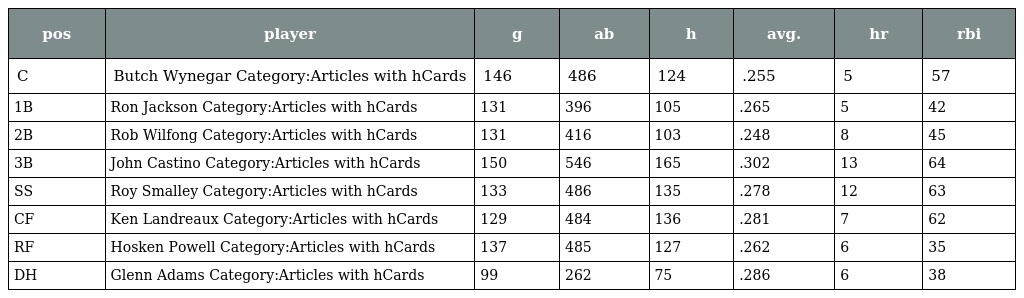
| pos | player | g | ab | h | avg. | hr | rbi |
 | --- | --- | --- | --- | --- | --- | --- | --- |
 | C | Butch Wynegar Category:Articles with hCards | 146 | 486 | 124 | .255 | 5 | 57 |
 | 1B | Ron Jackson Category:Articles with hCards | 131 | 396 | 105 | .265 | 5 | 42 |
 | 2B | Rob Wilfong Category:Articles with hCards | 131 | 416 | 103 | .248 | 8 | 45 |
 | 3B | John Castino Category:Articles with hCards | 150 | 546 | 165 | .302 | 13 | 64 |
 | SS | Roy Smalley Category:Articles with hCards | 133 | 486 | 135 | .278 | 12 | 63 |
 | CF | Ken Landreaux Category:Articles with hCards | 129 | 484 | 136 | .281 | 7 | 62 |
 | RF | Hosken Powell Category:Articles with hCards | 137 | 485 | 127 | .262 | 6 | 35 |
 | DH | Glenn Adams Category:Articles with hCards | 99 | 262 | 75 | .286 | 6 | 38 |